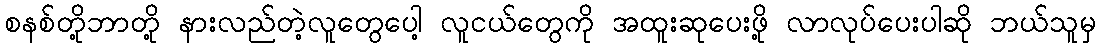
စနစ်တို့ဘာတို့ နားလည်တဲ့လူတွေပေါ့ လူငယ်တွေကို အထူးဆုပေးဖို့ လာလုပ်ပေးပါဆို ဘယ်သူမှ